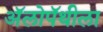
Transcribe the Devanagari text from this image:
अॅलोपॅथीला